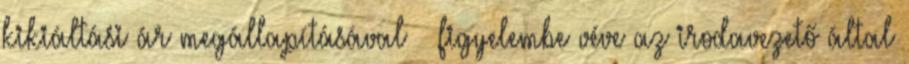
kikiáltási ár megállapításával – figyelembe véve az irodavezető által